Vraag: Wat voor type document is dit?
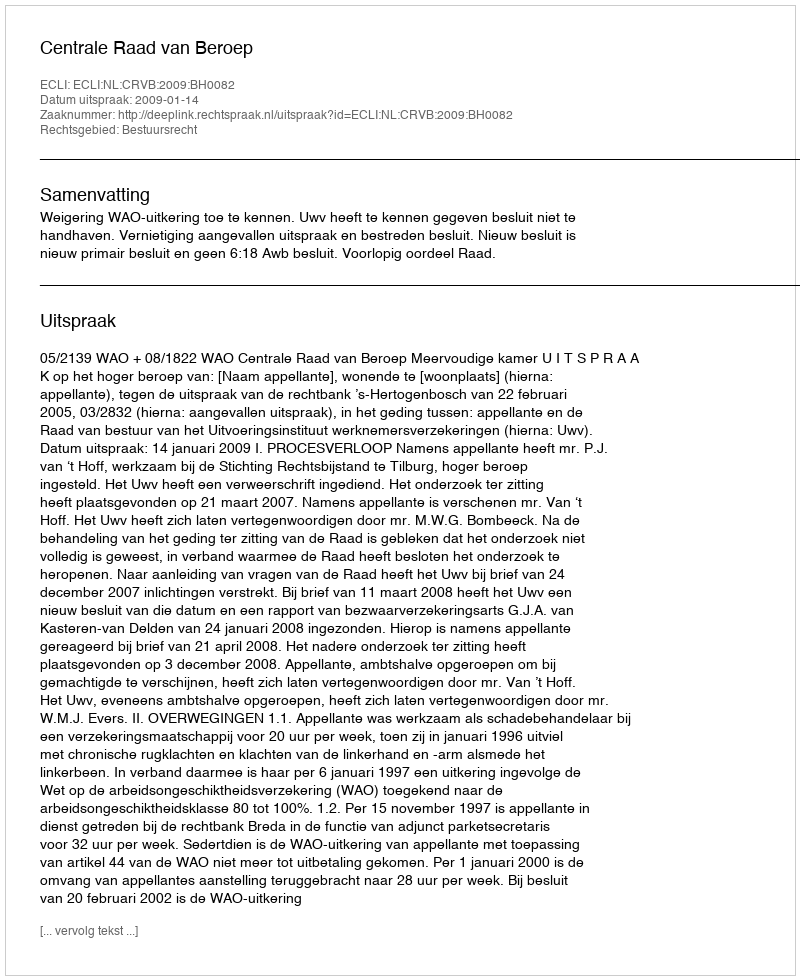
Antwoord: Uitspraak